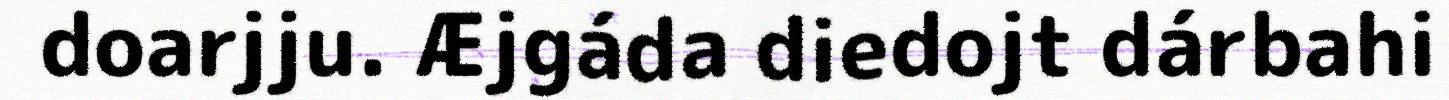
doarjju. Æjgáda diedojt dárbahi